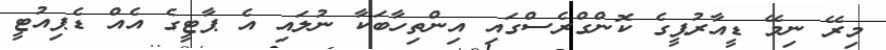
މިރޭ ނިމޭ ޑީއާރުޕީގެ ކޮންގްރެސްގައި އިންތިހާބަކާ ނުލައި އެ ޕާޓީގެ އެއް ޑެޕިއުޓީ